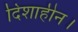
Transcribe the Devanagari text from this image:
दिशाहीन।